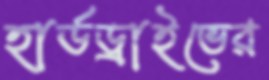
হার্ডড্রাইভের